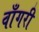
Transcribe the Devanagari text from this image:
वाँगरी